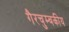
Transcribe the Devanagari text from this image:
गैरचुम्बकीय